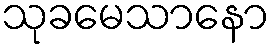
သုခမေသာနော